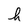
Character: h